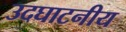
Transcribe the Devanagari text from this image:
उदघाटनीय